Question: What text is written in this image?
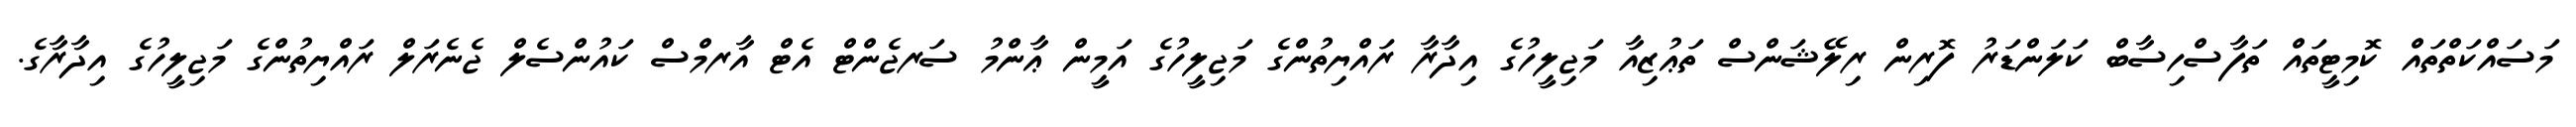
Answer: މަސައްކަތްތައް ކޮމިޓީތައް ތަފާސްހިސާބް ކަލަންޑަރު ފޮރިން ރިލޭޝަންސް ތަޢުޒިއާ މަޖިލީހުގެ އިދާރާ ރައްޔިތުންގެ މަޖިލީހުގެ އަމީން ޢާންމު ސަރޖެންޓް އެޓް އާރމްސް ކައުންސެލް ޖެނެރަލް ރައްޔިތުންގެ މަޖިލީހުގެ އިދާރާގެ.